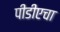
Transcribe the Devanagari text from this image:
पीडीएचा